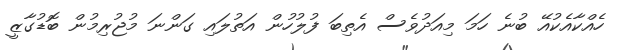
ހެއްކާއެކުއޭ ބުނެ ހަމަ މިއަދުވެސް އެތިބަ ފުލުހުން އަތުލައި ގަންނަ މުޖުރިމުން ބޮޑުގާޒީ